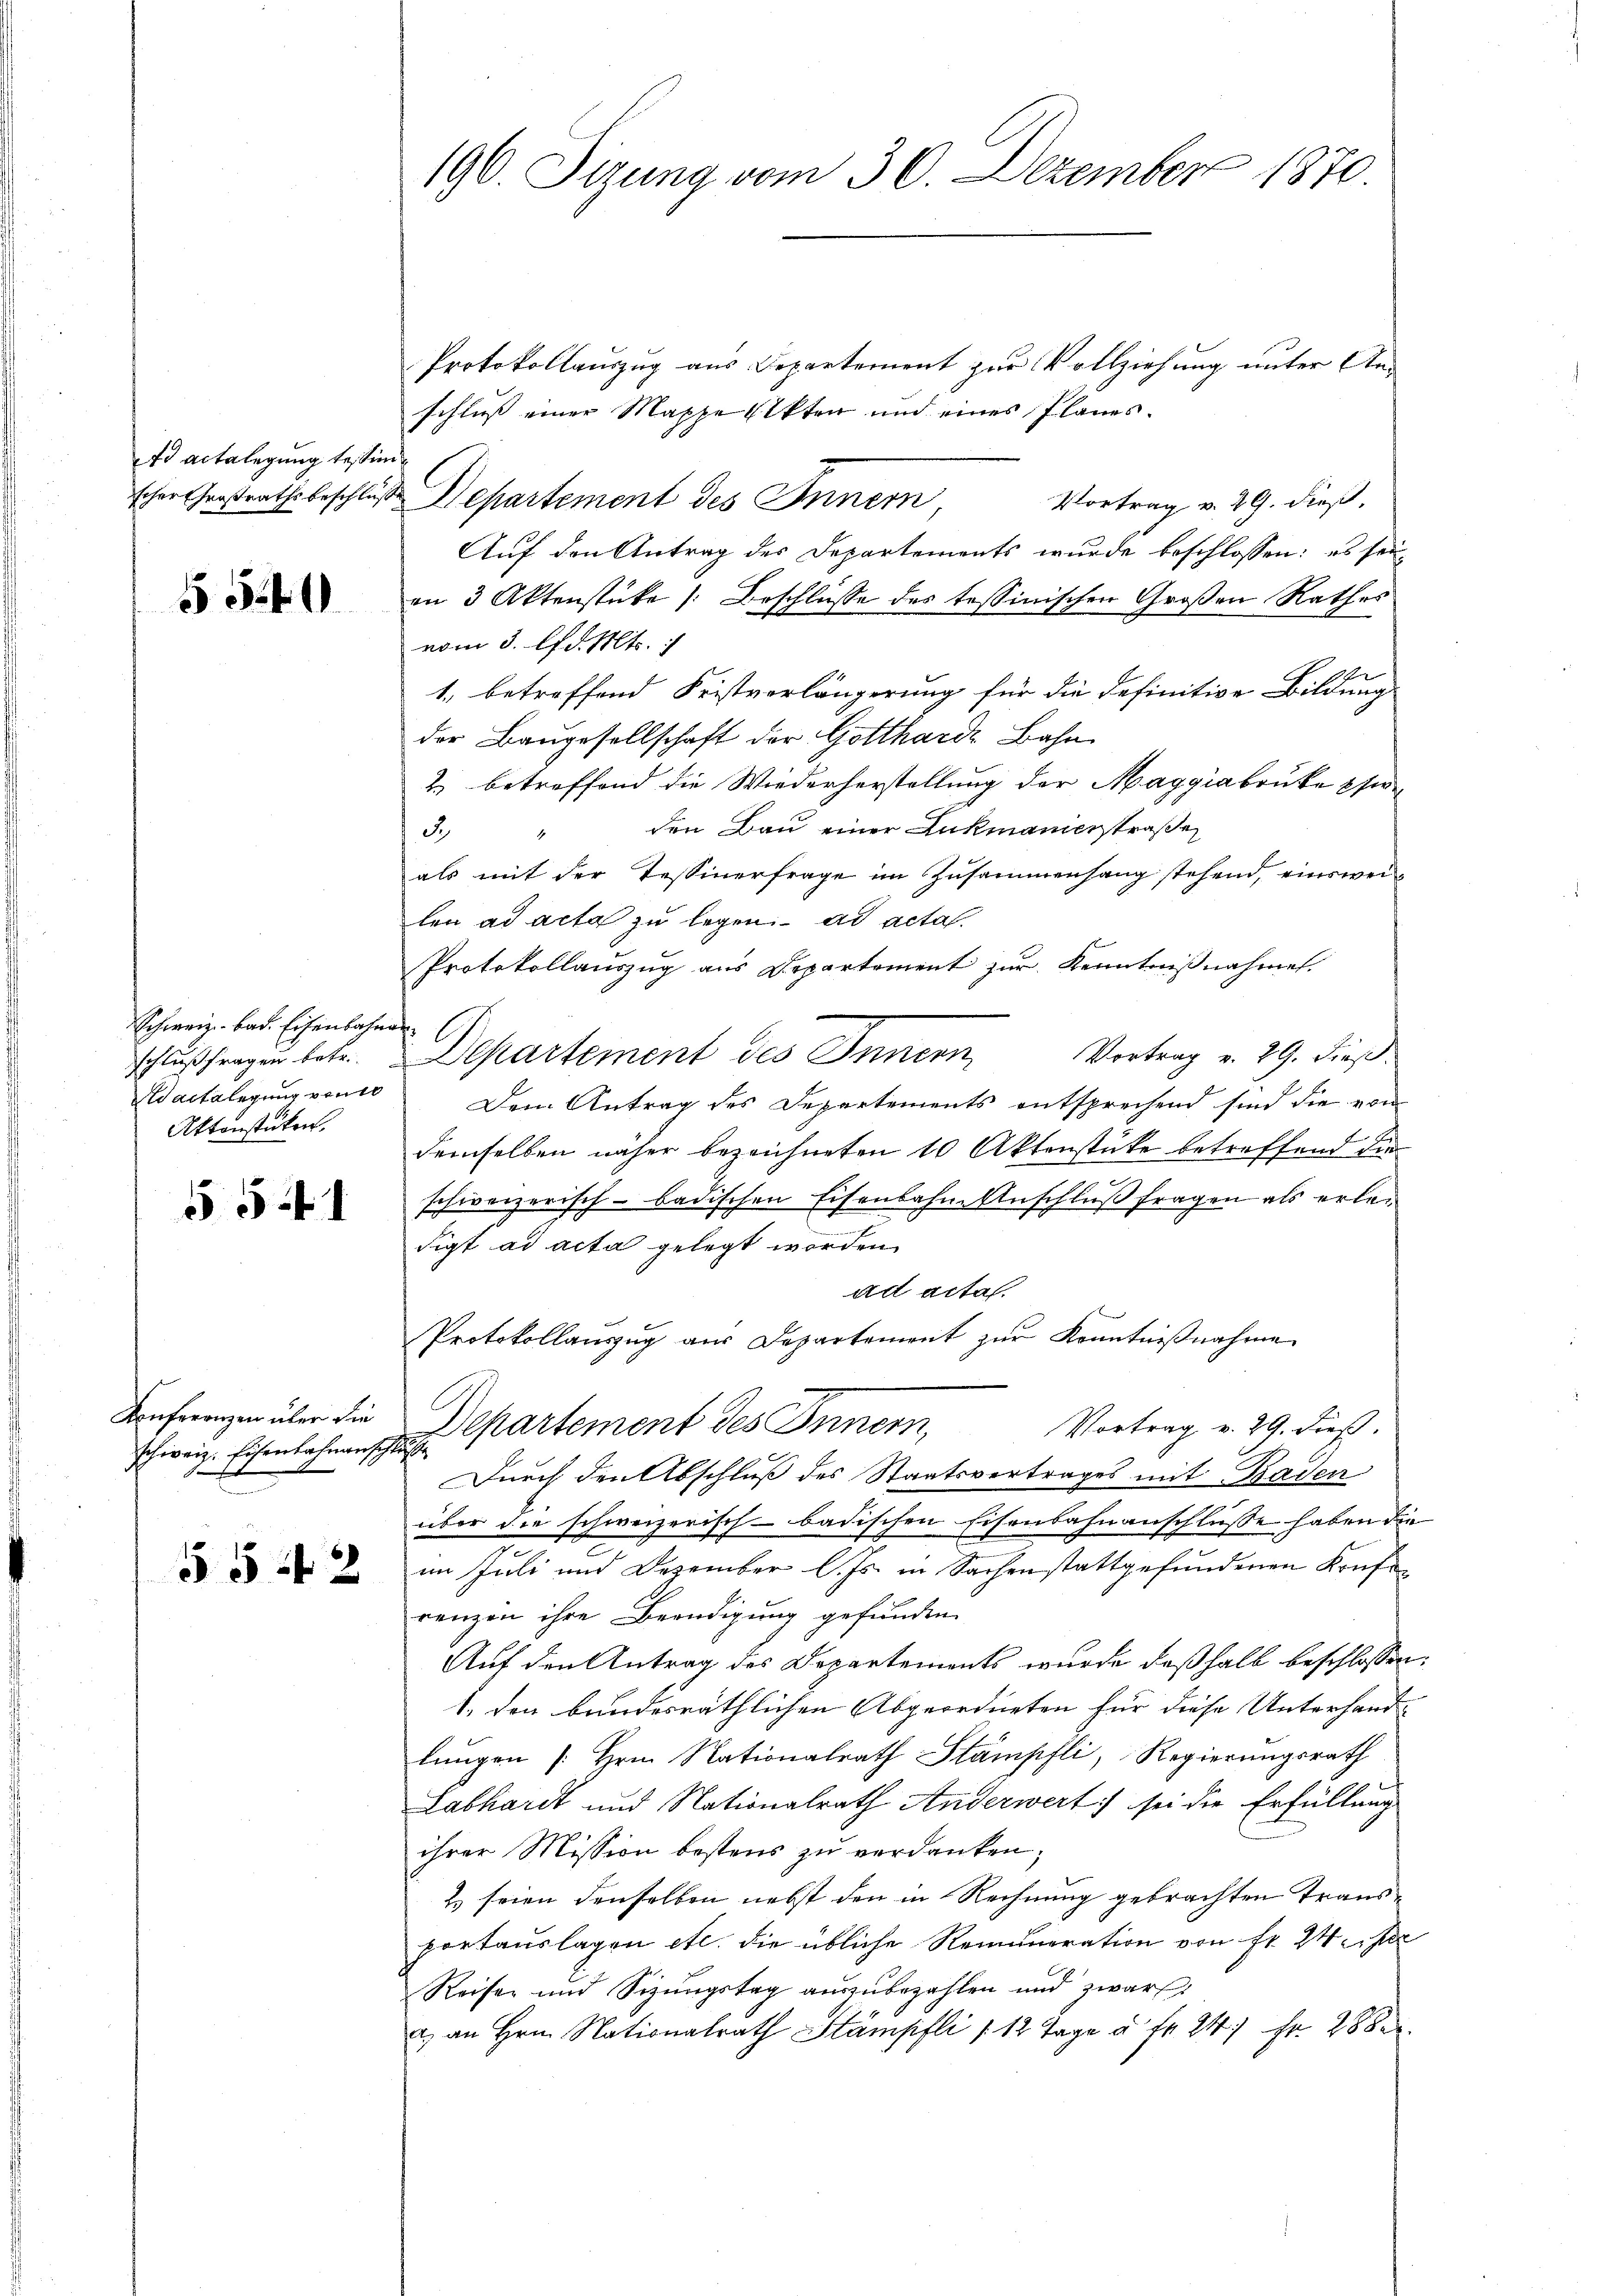
fr actalegung testim

551

Schweiz. Bad. Eisenbahnen
schluß fragen betr.
actlegung von
Aktenstüken.

55

schweiz. Eisenbahnenschlusse

§542

196. Sizung vom 30. Dezember 1870

Protokollauszug aus Departement zur Vollziehung unter An-
schluss einer Mappe Akten und eines Planes.
scher Großrathsbeschluß Departement des Inner
Vortrag v. 29. dieß.
Auf den Antrag des Departements wurde beschlossen: es sei
an 3 Aktenstücke (Beschlüsse des tessinischen Großen Rathes
vom 3. lfd. Mts.
1. betreffend Fristverlängerung für die definitive Bildung
der Baugesellschaft der Gottharde Bahn
2. betreffend die Wiederherstellung der Maggiabrüke pfirden Bau einer Lukmannerstraße
3.
als mit der Tessinerfrage im Zusammenhang stehend, einsweilen ad acta zu legen. ad acta.
Protokollauszug aus Departement zur Kenntnißnahmen.
Vortrag v. 29. dieß.
Separtement des Innern
Dem Antrag des Departements entsprechend sind die von
demselben näher bezeichneten 10 Aktenstücke betreffend die
schweizerisch-badischen Eisenbahn-Anschluß fragen als erledigt ad acta gelegt worden.
ad actal.
Protokollauszug aus Departement zur Kenntnißnahme
Konferenzen über die Departement des Innern,
Vortrag v. 29. dieß.
Durch den Abschluß des Staatsvertrages mit Baden
über die schweizerisch-badischen Eisenbahnanschlüsse haben die
im Juli und Dezember l. Js. in Sachenstattgefundenen Konferenzen ihre Beendigung gefunden.
Auf den Antrag des Departements wurde deßhalb beschlossen:
1. den bundesräthlichen Abgeordneten für diese Unterhandlungen [Hrn. Nationalrath Stämpfli, Regierungsrath
Labhardt und Nationalrath Anderwert sei die Erfüllung
ihrer Mission bestens zu verdanken;
Es seien denselben nebst den in Rechnung gebrachten Transportauslagen etc. die übliche Remuneration von Fr. Weiser
Reisen und Sizungstag auszubezahlen und zwar
a) an Hrn. Nationalrath Stämpfli / 12 Tage à fr. 241 Fr. 288